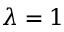
\lambda = 1